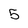
Character: 5